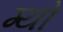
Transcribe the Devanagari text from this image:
ग्यो